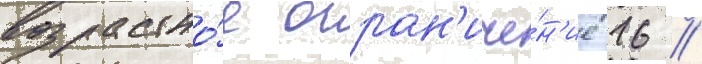
возрастно́е огран'иче́н'ие 16 //